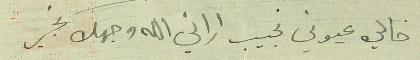
خالي عيوني نجيب اراني الله وجهك بخير